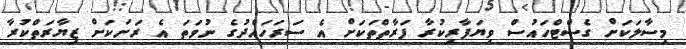
މިސާލަކަށް ގެސްޓްހައުސް ވިޔަފާރިކުރާ ފަރާތްތަކަށް އެ ސަރަހައްދުގެ ނުވަތަ އެ ރަށަކަށް ޒިޔާރަތްކުރާ